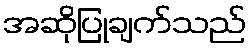
အဆိုပြုချက်သည်